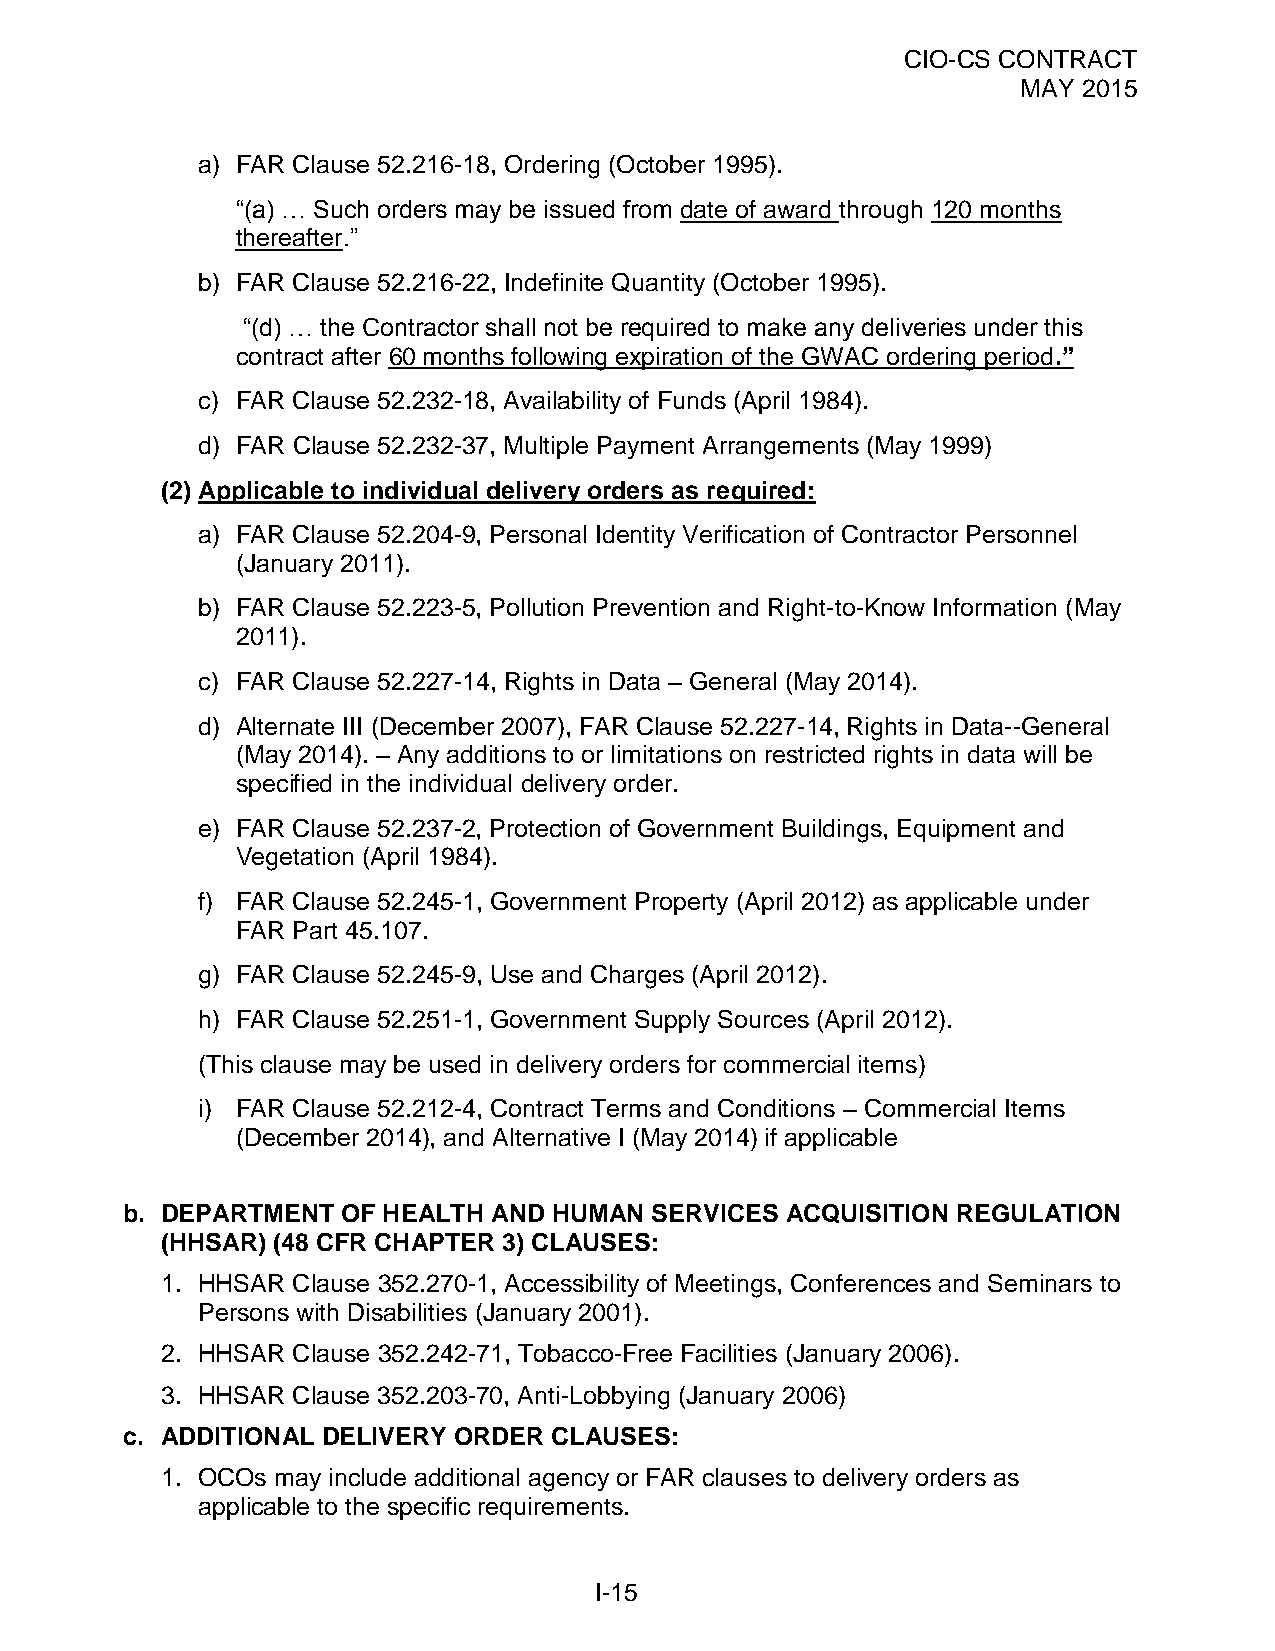
CIO-CS CONTRACT
 MAY 2015
 a) FAR Clause 52.216-18, Ordering (October 1995).
 “(a) … Such orders may be issued from date of award through 120 months
 thereafter.”
 b) FAR Clause 52.216-22, Indefinite Quantity (October 1995).
 “(d) … the Contractor shall not be required to make any deliveries under this
 contract after 60 months following expiration of the GWAC ordering period.”
 c) FAR Clause 52.232-18, Availability of Funds (April 1984).
 d) FAR Clause 52.232-37, Multiple Payment Arrangements (May 1999)
 (2) Applicable to individual delivery orders as required:
 a) FAR Clause 52.204-9, Personal Identity Verification of Contractor Personnel
 (January 2011).
 b) FAR Clause 52.223-5, Pollution Prevention and Right-to-Know Information (May
 2011).
 c) FAR Clause 52.227-14, Rights in Data – General (May 2014).
 d) Alternate III (December 2007), FAR Clause 52.227-14, Rights in Data--General
 (May 2014). – Any additions to or limitations on restricted rights in data will be
 specified in the individual delivery order.
 e) FAR Clause 52.237-2, Protection of Government Buildings, Equipment and
 Vegetation (April 1984).
 f) FAR Clause 52.245-1, Government Property (April 2012) as applicable under
 FAR Part 45.107.
 g) FAR Clause 52.245-9, Use and Charges (April 2012).
 h) FAR Clause 52.251-1, Government Supply Sources (April 2012).
 (This clause may be used in delivery orders for commercial items)
 i) FAR Clause 52.212-4, Contract Terms and Conditions – Commercial Items
 (December 2014), and Alternative I (May 2014) if applicable
 b. DEPARTMENT  OF HEALTH AND HUMAN SERVICES ACQUISITION REGULATION
 (HHSAR) (48 CFR CHAPTER 3) CLAUSES:
 1. HHSAR Clause 352.270-1, Accessibility of Meetings, Conferences and Seminars to
 Persons with Disabilities (January 2001).
 2. HHSAR Clause 352.242-71, Tobacco-Free Facilities (January 2006).
 3. HHSAR Clause 352.203-70, Anti-Lobbying (January 2006)
 c. ADDITIONAL DELIVERY ORDER CLAUSES:
 1. OCOs may include additional agency or FAR clauses to delivery orders as
 applicable to the specific requirements.
 I-15